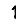
Digit: 1